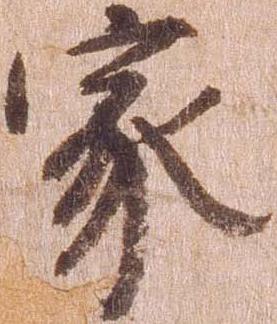
家